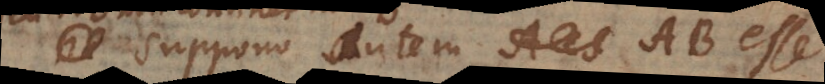
Suppono autem AB esse